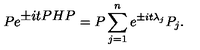
P e ^ { \textstyle \pm i t P H P } = P \sum _ { j = 1 } ^ { n } e ^ { \pm i t { \lambda } _ { j } } P _ { j } .